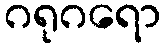
ဂရုဂရော